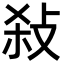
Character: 𢼢